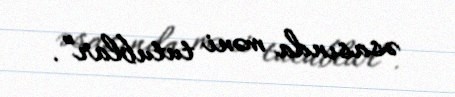
əsasında məni tutublar”.